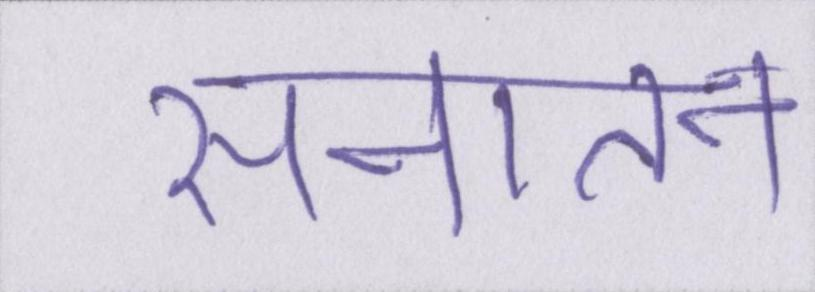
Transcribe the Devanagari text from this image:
सनातन